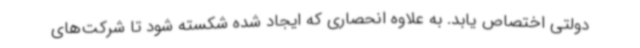
دولتی اختصاص یابد. به علاوه انحصاری که ایجاد شده شکسته شود تا شرکت‌های